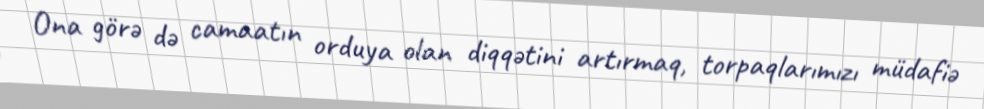
Ona görə də camaatın orduya olan diqqətini artırmaq, torpaqlarımızı müdafiə